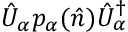
\hat { U } _ { \alpha } p _ { \alpha } ( \hat { n } ) \hat { U } _ { \alpha } ^ { \dagger }